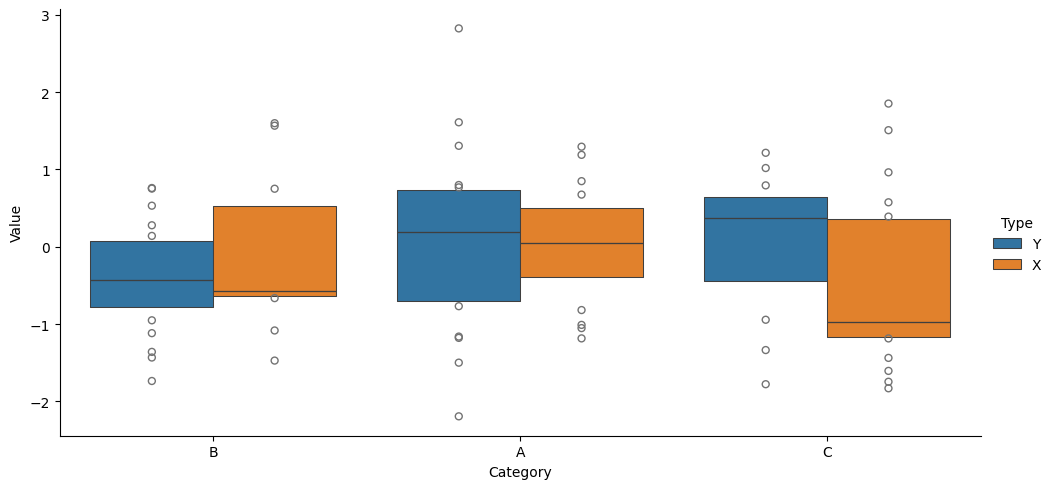
python, seaborn, catplot, kind='boxen', height=5, aspect=2